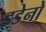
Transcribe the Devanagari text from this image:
झ्डेनो